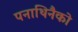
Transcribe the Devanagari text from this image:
पनाथिनैको